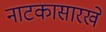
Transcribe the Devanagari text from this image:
नाटकासारखे